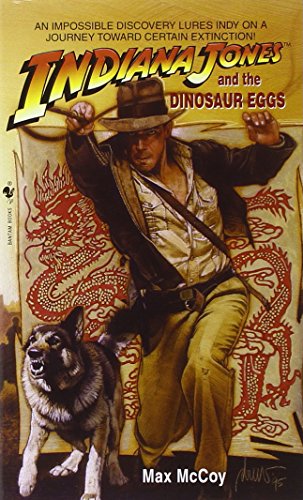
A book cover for Indiana Jones and the Dinosaur Eggs; Max McCoy; Literature & Fiction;